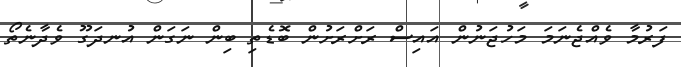
ފަރުމާ ވެއްޖެނަމަ މަހުޖަނުން އައިސް ރަށްރަށުން ބޮޑެތި ބިން ނަގަން އުނދަގޫ ވެދާނެތޯ